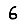
Digit: 6